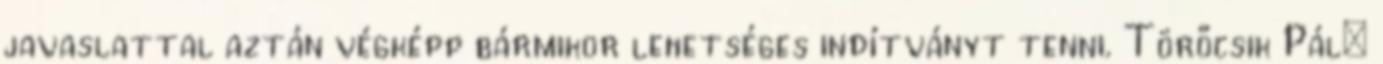
javaslattal aztán végképp bármikor lehetséges indítványt tenni. Törőcsik Pál: